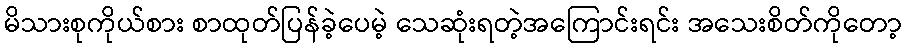
မိသားစုကိုယ်စား စာထုတ်ပြန်ခဲ့ပေမဲ့ သေဆုံးရတဲ့အကြောင်းရင်း အသေးစိတ်ကိုတော့